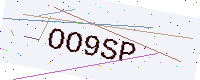
Text: OO9SP